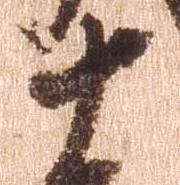
十